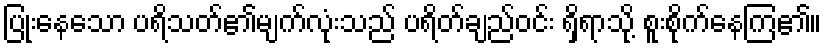
ပြုံးနေသော ပရိသတ်၏မျက်လုံးသည် ပရိတ်ချည်ဝင်း ရှိရာသို့ စူးစိုက်နေကြ၏။